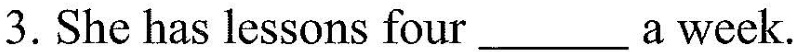
3.She has lessons four ___ a week.